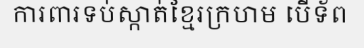
ការពារទប់ស្កាត់ខ្មែរក្រហម បើទ័ព